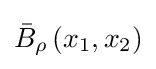
{\bar {B}}_{\rho }\left(x_{1},x_{2}\right)